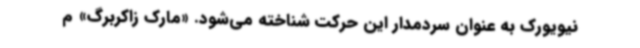
نیویورک به عنوان سردمدار این حرکت شناخته می‌شود. «مارک زاکربرگ» م